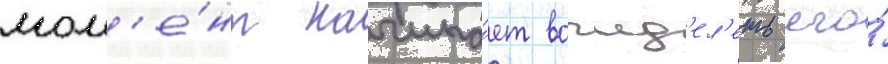
мом'е́нт начина́ет вожд'ел'еть его́